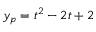
y _ { p } = t ^ { 2 } - 2 t + 2